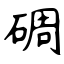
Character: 碉